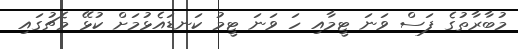
މުބާރާތުގެ ފަސް ވަނަ ޓީމާއި ހަ ވަނަ ޓީމު ކަނޑައެޅުމަށް ކުޅޭ މެޗުގައި